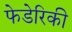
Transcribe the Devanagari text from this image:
फेडेरिकी